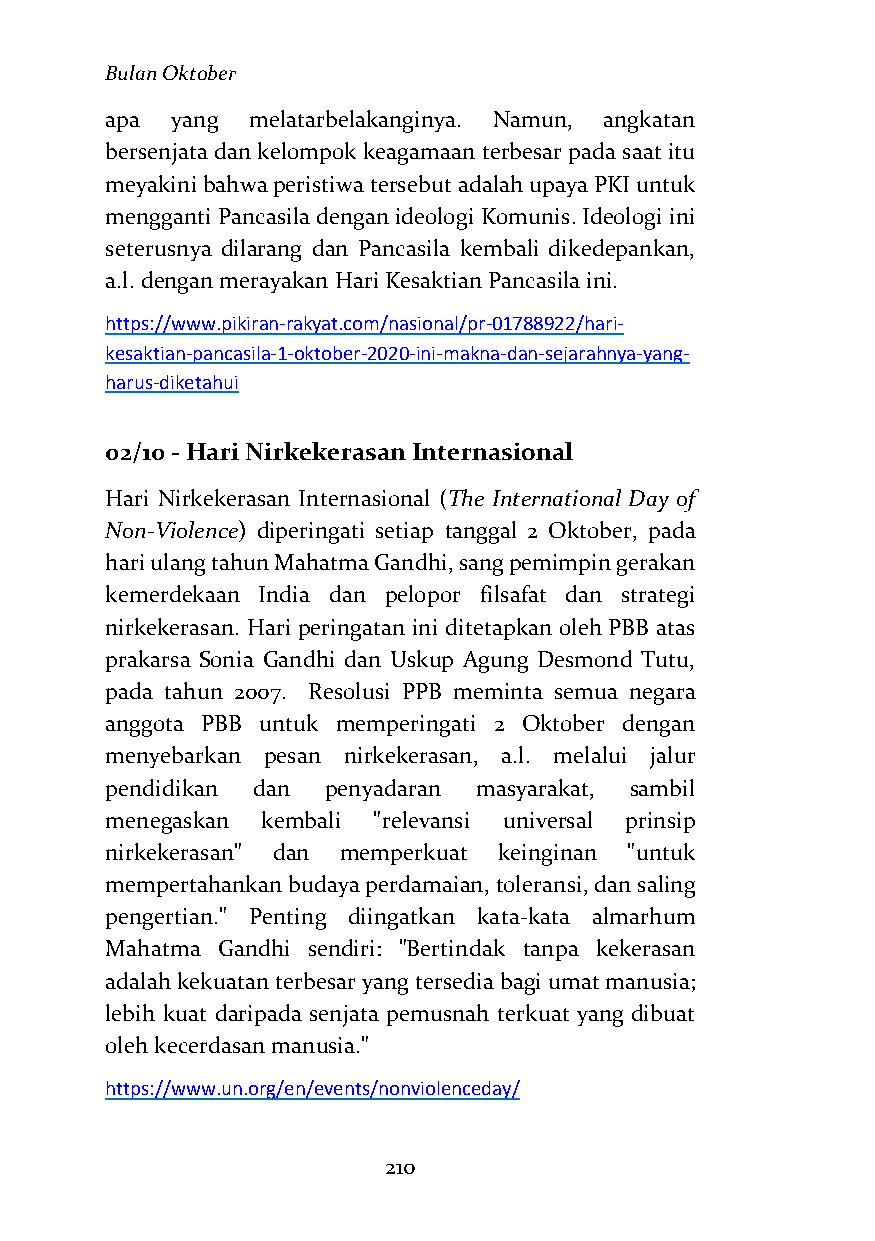
Bulan Oktober
 apa yang melatarbelakanginya. Namun, angkatan
 bersenjata dan kelompok keagamaan terbesar pada saat itu
 meyakini bahwa peristiwa tersebut adalah upaya PKI untuk
 mengganti Pancasila dengan ideologi Komunis. Ideologi ini
 seterusnya dilarang dan Pancasila kembali dikedepankan,
 a.l. dengan merayakan Hari Kesaktian Pancasila ini.
 https://www.pikiran-rakyat.com/nasional/pr-01788922/hari-
 kesaktian-pancasila-1-oktober-2020-ini-makna-dan-sejarahnya-yang-
 harus-diketahui
 02/10 - Hari Nirkekerasan Internasional
 Hari Nirkekerasan Internasional (The International Day of
 Non-Violence) diperingati setiap tanggal 2 Oktober, pada
 hari ulang tahun Mahatma Gandhi, sang pemimpin gerakan
 kemerdekaan India dan pelopor filsafat dan strategi
 nirkekerasan. Hari peringatan ini ditetapkan oleh PBB atas
 prakarsa Sonia Gandhi dan Uskup Agung Desmond Tutu,
 pada tahun 2007. Resolusi PPB meminta semua negara
 anggota PBB untuk memperingati 2 Oktober dengan
 menyebarkan pesan nirkekerasan, a.l. melalui jalur
 pendidikan dan penyadaran masyarakat, sambil
 menegaskan kembali "relevansi universal prinsip
 nirkekerasan" dan memperkuat keinginan "untuk
 mempertahankan budaya perdamaian, toleransi, dan saling
 pengertian." Penting diingatkan kata-kata almarhum
 Mahatma Gandhi sendiri: "Bertindak tanpa kekerasan
 adalah kekuatan terbesar yang tersedia bagi umat manusia;
 lebih kuat daripada senjata pemusnah terkuat yang dibuat
 oleh kecerdasan manusia."
 https://www.un.org/en/events/nonviolenceday/
 210